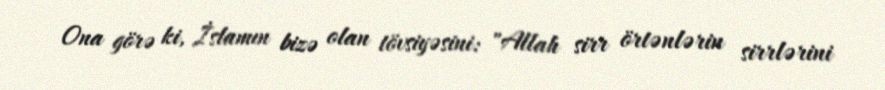
Ona görə ki, İslamın bizə olan tövsiyəsini: "Allah sirr örtənlərin sirrlərini